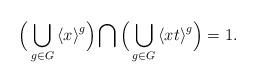
LaTeX: \begin{align*}\Big(\bigcup_{g\in G} {\langle x\rangle}^g \Big)\bigcap\Big(\bigcup_{g\in G} {\langle xt\rangle}^g \Big)= 1.\end{align*}